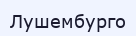
Лушембурго